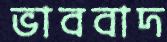
ভাববাদ